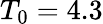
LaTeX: T_{0}=4.3